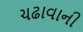
ચઢાવાની